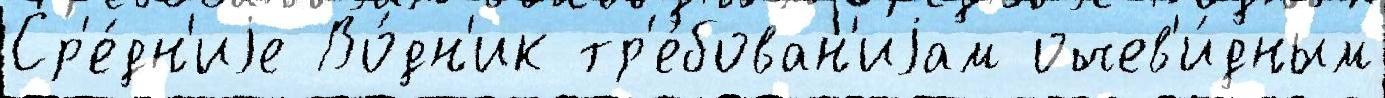
Ср'е́дн'иjе Во́дн'ик тр'е́бован'иjам очев'и́дным